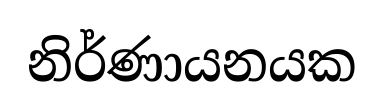
නිර්ණායනයක